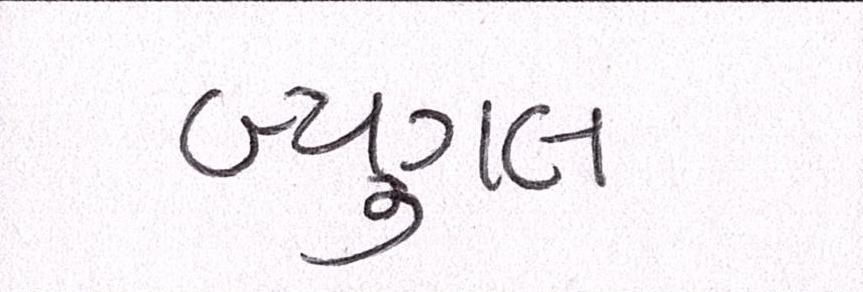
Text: બ્યુગલ